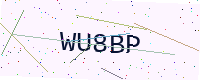
Text: WU8BP